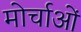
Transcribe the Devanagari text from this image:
मोर्चाओं